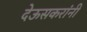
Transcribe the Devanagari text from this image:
देऊसकरांनी